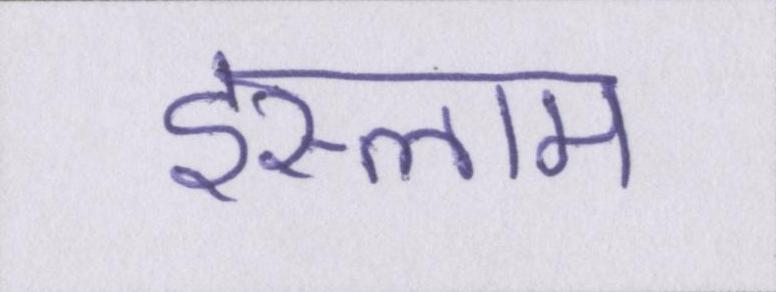
इस्लाम